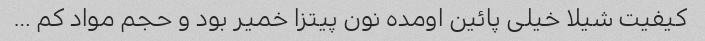
کیفیت شیلا خیلی پائین اومده نون پیتزا خمیر بود و حجم مواد کم …